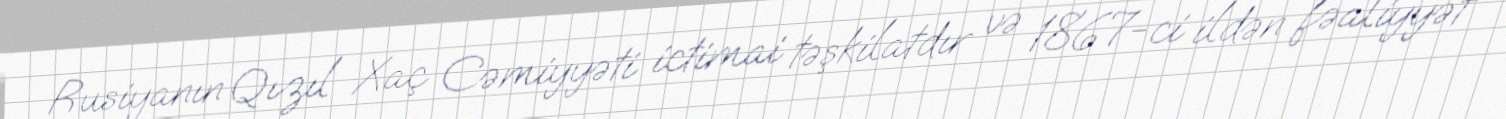
Rusiyanın Qızıl Xaç Cəmiyyəti ictimai təşkilatdır və 1867-ci ildən fəaliyyət